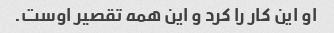
او این کار را کرد و این همه تقصیر اوست.